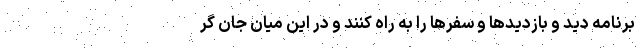
برنامه دید و بازدیدها و سفرها را به راه کنند و در این میان جان گر